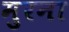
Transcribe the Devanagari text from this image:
मुरना